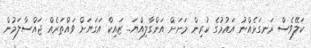
ކަލޭވެސް ރަނގަޅެއްނު އައުމުގެ ކުރިން މަށަށް އަންގާލިއްޔަ.. ޒައިކް އަގަޔަށް ވައްތަރެއް ޖައްސާލަމުން